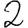
Digit: 2